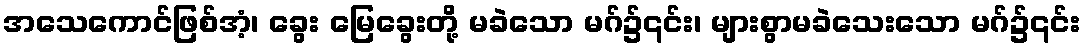
အသေကောင်ဖြစ်အံ့၊ ခွေး မြေခွေးတို့ မခဲသော မဂ်၌၎င်း၊ များစွာမခဲသေးသော မဂ်၌၎င်း